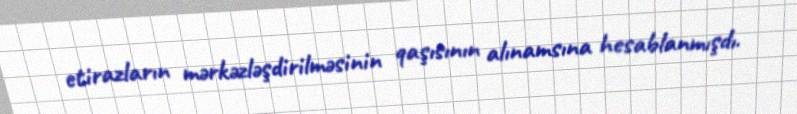
etirazların mərkəzləşdirilməsinin qaşısının alınamsına hesablanmışdı.